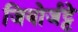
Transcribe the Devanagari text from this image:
जियोर्जट्टे